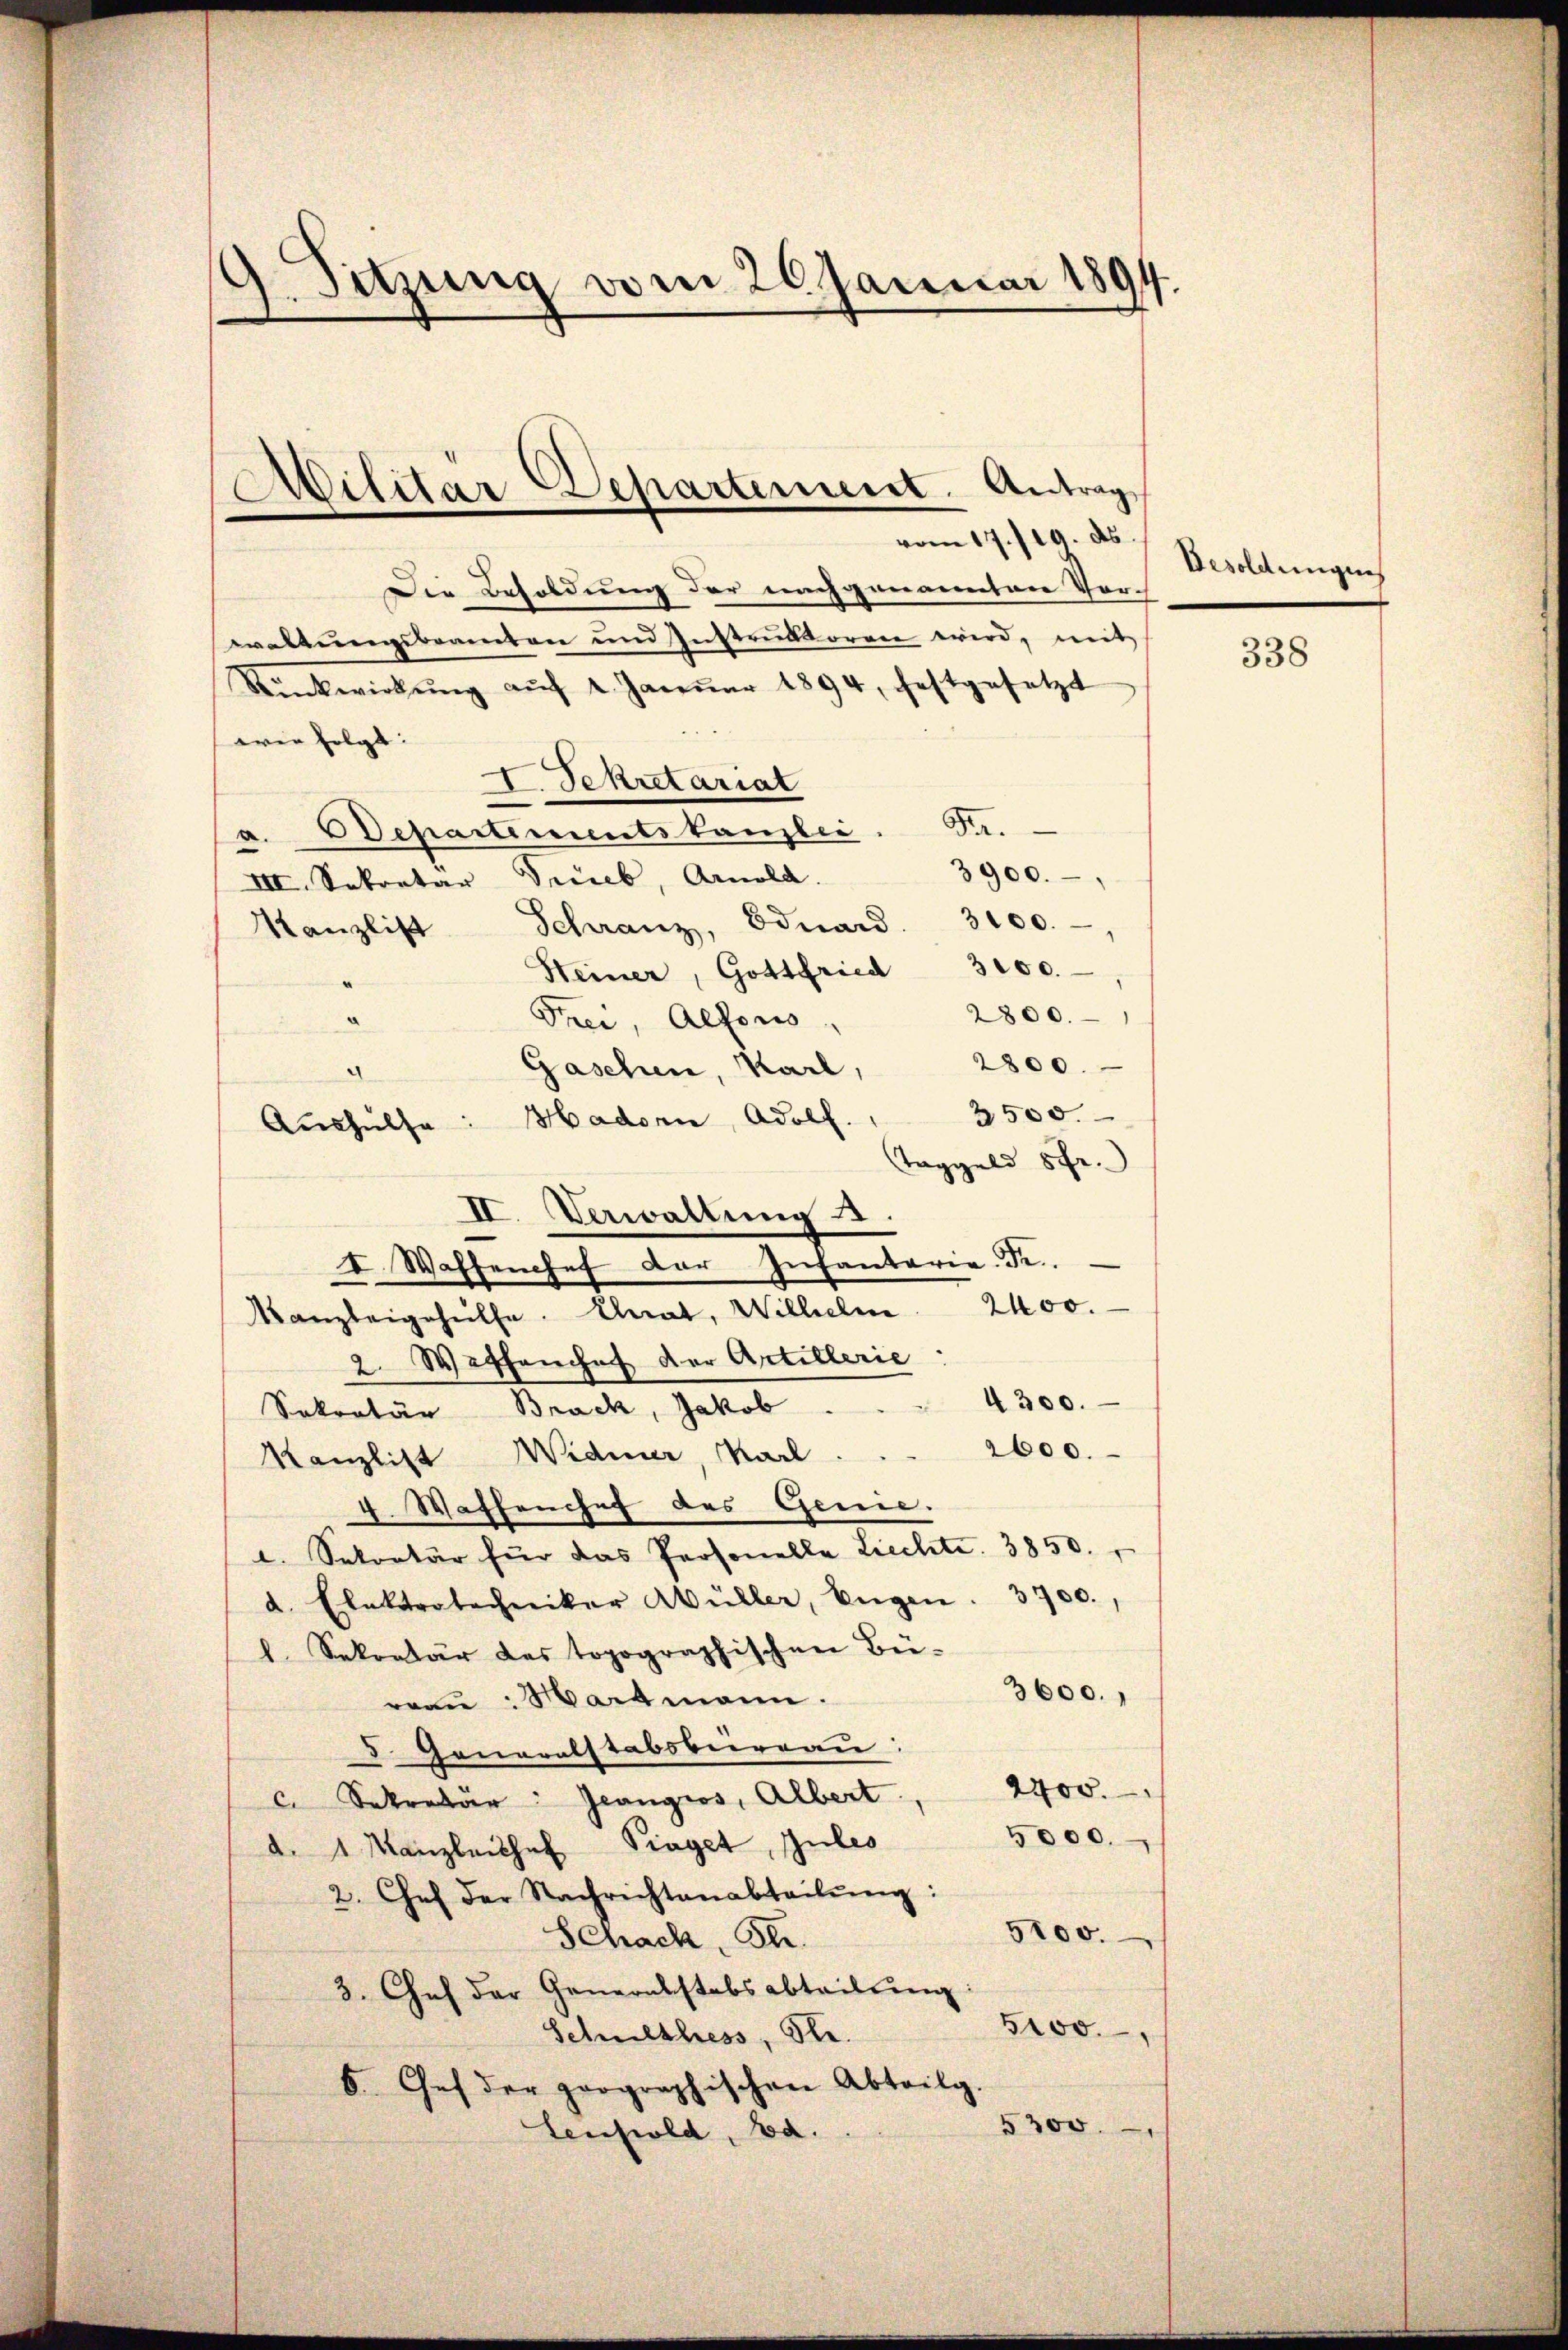
d. Sitzung vom 20. Januar 1894.

d

Militär Departement. Antrag
vom 17./19. ds.

II. Verwaltŭng
I. Waffenchef der Infantaria Fr.

Die Besoldung der nachgenannten Vor-
waltungsbeamten und Instruktoren wird, mit
Rükwirkŭng aŭf 2. Janŭar 1894, festgesetzt
wie folgt:
I. Sekretariat
a. Departementstanzlei. Dr.
3900.
VII. Sekretär Trieb, Arnold.
Kanzlist Schranz, Eduard 3100.
Heiner, Gottfried 3100.
2800.
Frei, Alfons,
2800.
Gaschen, Karl,
2500.
Aushülfe: Madorn, Adolf.
ld 5fr.
Tagge
Kanzleigehülfe. Chrat, Wilhelm 2400.
2 Waffenchef der Artillerie
4300.
Sekretär Brack, Jakob.
2600.
Kanzlist Widmer, Karl.
4. Waffenchef des Genie.
l. Sekretär für das Personelle Liechte. 3850.
d. Elektrotechniker Müller, Eŭgen. 3700.,
l. Sekretär des topographischen Bü-
3600.
rau: Hartmann.
5. Generalstabsverreaŭ
 Sekretär: Jeangios, Albert. 2400.
5000.
d. 1 Manzleiche Praget, Gutes
2. Chef der Nachrichtenabteilŭng:
5100.
Schach, St.
3. Chef der Generalstabsabteilung
5100.
Schulthess, Se.
6. Chef der prographischen Abteilg.
5300.
tenhold, Bd.

Besoldungen

338